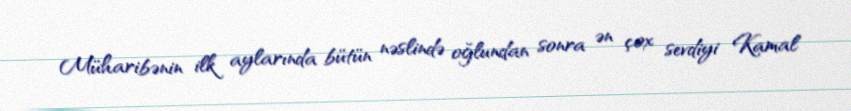
Müharibənin ilk aylarında bütün nəslində oğlundan sonra ən çox sevdiyi Kamal